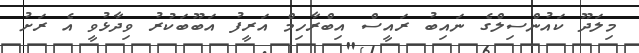
މިލަދޫ ކައުންސިލްގެ ނައިބު ރައީސް އިބްރާހިމް އަރީފު އަބޫބަކުރު ވިދާޅުވީ އެ ރަށު